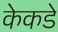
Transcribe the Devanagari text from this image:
केकडे